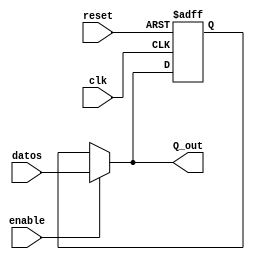
`timescale 1ns / 1ps
//////////////////////////////////////////////////////////////////////////////////
// Company: 
// Engineer: 
// 
// Design Name: 
// Module Name:    FFDSinc 
// Project Name: 
// Target Devices: 
// Tool versions: 
// Description: 
//
// Dependencies: 
//
// Revision: 
// Revision 0.01 - File Created
// Additional Comments: 
//
//////////////////////////////////////////////////////////////////////////////////
module FFDSinc(

input wire clk,reset,
input wire [7:0] datos,
input wire enable,
output wire [7:0] Q_out

 );
 
 reg [7:0] Q_actual,Q_next;
 
always@(posedge clk , posedge reset)

if(reset)
	begin
	Q_actual <=8'b0;

	end

else

	begin

	Q_actual<= Q_next;
	
	end

always @*

	if(enable)

		Q_next=datos;

	else

		Q_next = Q_actual;


assign Q_out = Q_next;

endmodule